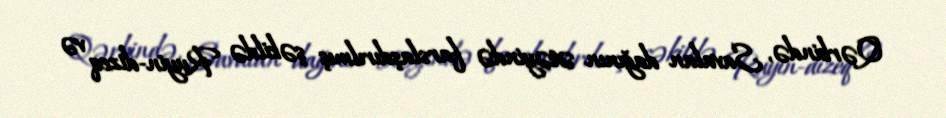
Qərbində, Savalan dağının ətəyində farslaşdırılmış şəkildə Ruyin-dizeq və